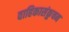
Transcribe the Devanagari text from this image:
वाहिकासंकुचन